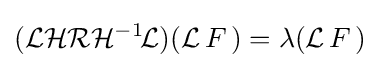
({\mathcal {L}}{\mathcal {H}}{\mathcal {R}}{\mathcal {H}}^{-1\!}{\mathcal {L}})({\mathcal {L}}\,F\,)=\lambda ({\mathcal {L}}\,F\,)